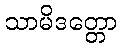
သာမိဒတ္တော